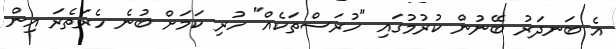
އެ ބަނދަރު ބޭނުން ކުރުމުގައި "ހުރަސްތަކެއް" ހުރި ކަމަށް ބުނެ ހެރަތެރަ އިން